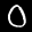
Label: 0